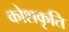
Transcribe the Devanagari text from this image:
कोशकृति